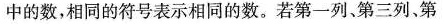
中的数，相同的符号表示相同的数。若第一列、第三列，第